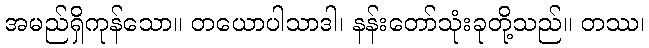
အမည်ရှိကုန်သော။ တယောပါသာဒါ၊ နန်းတော်သုံးခုတို့သည်။ တဿ၊